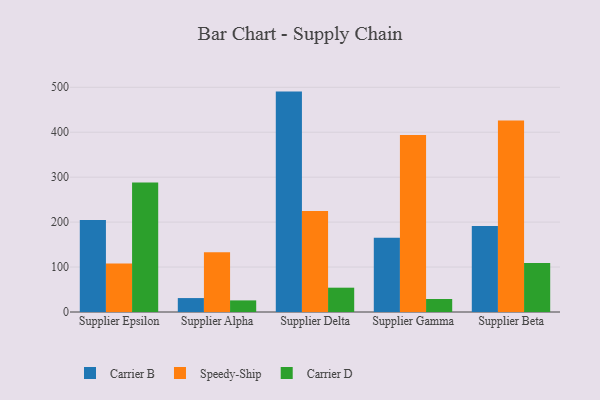
{"axis": {"x": "Supplier", "y": "Waste Production (Tons)"}, "legend": ["Carrier B", "Carrier D", "Speedy-Ship"], "data": [{"x": "Supplier Epsilon", "y": 204.9, "type": "Carrier B"}, {"x": "Supplier Epsilon", "y": 107.8, "type": "Speedy-Ship"}, {"x": "Supplier Epsilon", "y": 288.1, "type": "Carrier D"}, {"x": "Supplier Alpha", "y": 31.0, "type": "Carrier B"}, {"x": "Supplier Alpha", "y": 132.7, "type": "Speedy-Ship"}, {"x": "Supplier Alpha", "y": 25.8, "type": "Carrier D"}, {"x": "Supplier Delta", "y": 490.4, "type": "Carrier B"}, {"x": "Supplier Delta", "y": 224.5, "type": "Speedy-Ship"}, {"x": "Supplier Delta", "y": 54.1, "type": "Carrier D"}, {"x": "Supplier Gamma", "y": 165.1, "type": "Carrier B"}, {"x": "Supplier Gamma", "y": 394.0, "type": "Speedy-Ship"}, {"x": "Supplier Gamma", "y": 29.0, "type": "Carrier D"}, {"x": "Supplier Beta", "y": 191.2, "type": "Carrier B"}, {"x": "Supplier Beta", "y": 425.9, "type": "Speedy-Ship"}, {"x": "Supplier Beta", "y": 108.8, "type": "Carrier D"}]}